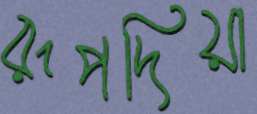
রূপদিয়া